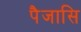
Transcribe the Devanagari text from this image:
पैजासि